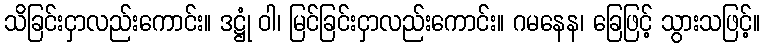
သိခြင်းငှာလည်းကောင်း။ ဒဋ္ဌုံ ဝါ၊ မြင်ခြင်းငှာလည်းကောင်း။ ဂမနေန၊ ခြေဖြင့် သွားသဖြင့်။